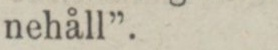
nehåll”.